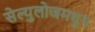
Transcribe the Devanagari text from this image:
सेल्युलोजमधून